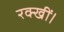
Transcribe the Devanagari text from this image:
रक्खीं।